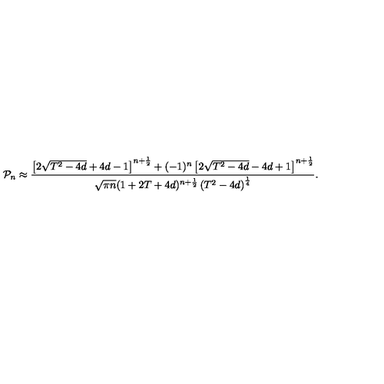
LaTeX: { \cal P } _ { n } \approx \frac { \left[ 2 \sqrt { T ^ { 2 } - 4 d } + 4 d - 1 \right] ^ { n + \frac 1 2 } + ( - 1 ) ^ { n } \left[ 2 \sqrt { T ^ { 2 } - 4 d } - 4 d + 1 \right] ^ { n + \frac 1 2 } } { \sqrt { \pi n } ( 1 + 2 T + 4 d ) ^ { n + \frac 1 2 } \left( T ^ { 2 } - 4 d \right) ^ { \frac 1 4 } } .